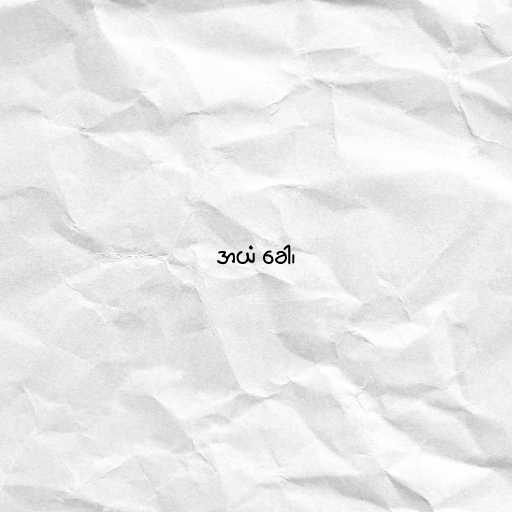
အယံ ခေါ၊